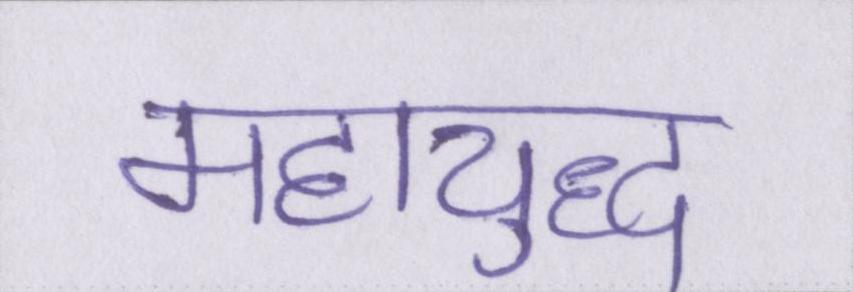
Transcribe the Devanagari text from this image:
महायुद्ध